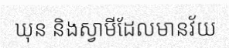
ឃុន និងស្វាមីដែលមានវ័យ